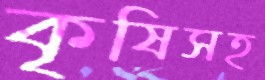
কৃষিসহ